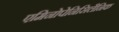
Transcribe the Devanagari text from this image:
एमिनोपेनिसिलैनिक